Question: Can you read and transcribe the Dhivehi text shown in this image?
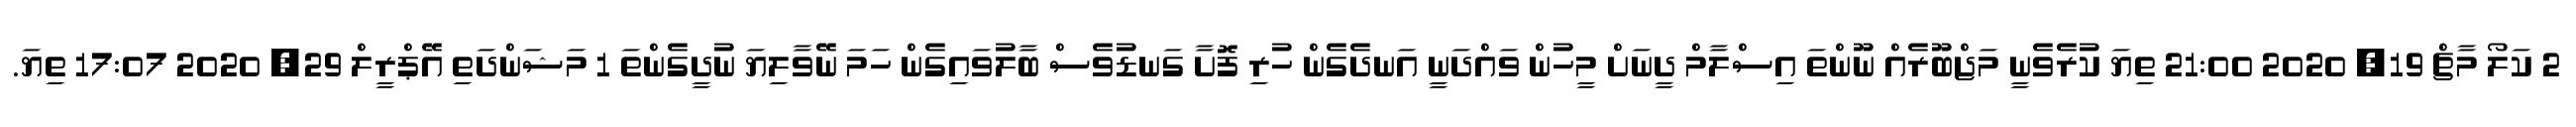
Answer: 2 ކަލޯ މާޗް 19, 2020 21:00 ތިޔަ ކުރެވެނީ މަޖްބޫރެއް ނޫންތަ އިސްލާމް ދީނަށް މީހުން ވައްދަނީ އަނދެގެން ހުރި ފޮށާ ގަނޑުވެސް ބާލުވައިގެން ހަމަ ނޭވާލިޔަ ނުދީގެންތަ 1 މަޝަންދަތި އޭޕްރީލް 29, 2020 17:07 ތިޔަ.